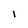
Character: I